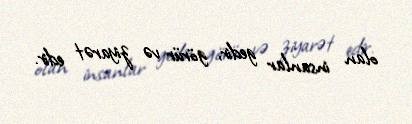
olan insanlar gedir, görür və ziyarət edir.